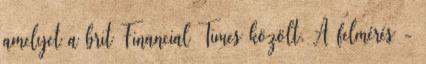
amelyet a brit Financial Times közölt. A felmérés -